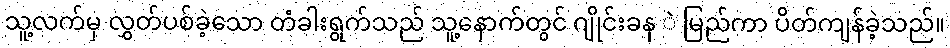
သူ့လက်မှ လွှတ်ပစ်ခဲ့သော တံခါးရွက်သည် သူ့နောက်တွင် ဂျိုင်းခန ဲ မြည်ကာ ပိတ်ကျန်ခဲ့သည်။